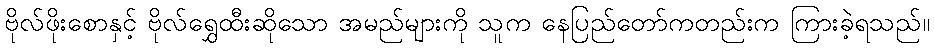
ဗိုလ်ဖိုးစောနှင့် ဗိုလ်ရွှေထီးဆိုသော အမည်များကို သူက နေပြည်တော်ကတည်းက ကြားခဲ့ရသည်။